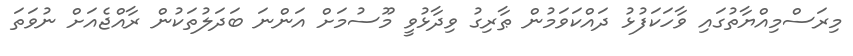
މިރަސްމިއްޔާތުގައި ވާހަކަފުޅު ދައްކަވަމުން ޠާރިގު ވިދާޅުވީ މޫސުމަށް އަންނަ ބަދަލުތަކުން ރާއްޖެއަށް ނުވަތަ